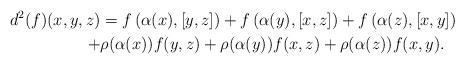
LaTeX: \begin{align*}d^{2}(f)(x,y,z)&=f\left(\alpha(x),[y,z] \right)+f\left(\alpha(y),[x,z] \right)+f\left(\alpha(z),[x,y] \right)\\+&\rho(\alpha(x))f(y,z)+\rho(\alpha(y))f(x,z) +\rho(\alpha(z))f(x,y).\end{align*}